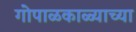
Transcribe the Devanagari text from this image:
गोपाळकाळ्याच्या